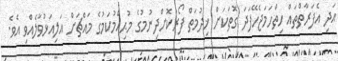
އަދި އެފަރާތްތައް ހިތްހަމަޖެހޭފަދަ ގޮތަކަށް ޚިދުމަތް ފޯރުކޮށްދިނުމުގެ މުޙިއްމުކަމުގެ މައްޗަށް އަލިއަޅުވާލެއްވި އެވެ.